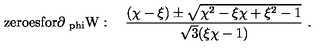
\mathrm { z e r o e s f o r \partial _ { \ p h i } W } : \quad { \frac { ( \chi - \xi ) \pm \sqrt { \chi ^ { 2 } - \xi \chi + \xi ^ { 2 } - 1 } } { \sqrt { 3 } ( \xi \chi - 1 ) } } \ .